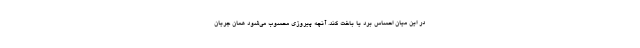
در این میان احساس برد یا باخت کند. آنچه پیروزی محسوب می‌شود همان جریان